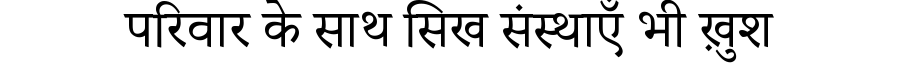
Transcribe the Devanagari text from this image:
परिवार के साथ सिख संस्थाएँ भी ख़ुश